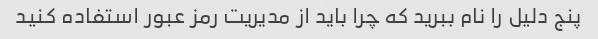
پنج دلیل را نام ببرید که چرا باید از مدیریت رمز عبور استفاده کنید